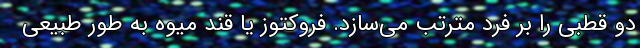
دو قطبی را بر فرد مترتب می‌سازد. فروکتوز یا قند میوه به طور طبیعی